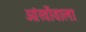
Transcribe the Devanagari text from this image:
आंखोंवाला